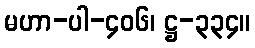
မဟာ-ပါ-၄၀၆၊ ဋ္ဌ-၃၃၄။